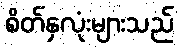
စိတ်နှလုံးများသည်